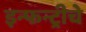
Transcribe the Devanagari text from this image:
इन्फन्ट्रीचे